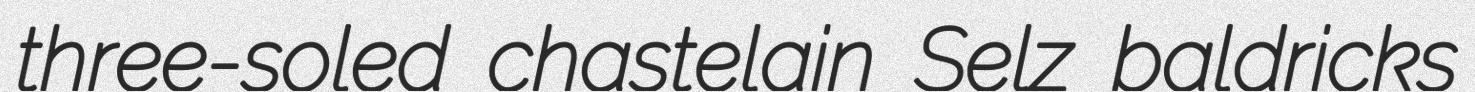
three-soled chastelain Selz baldricks